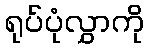
ရုပ်ပုံလွှာကို